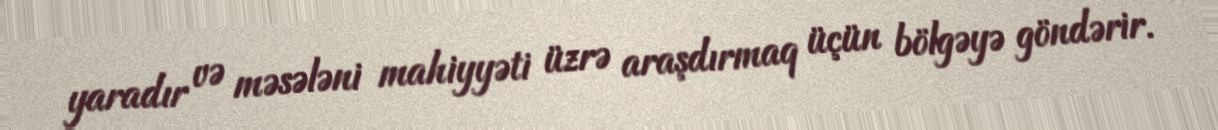
yaradır və məsələni mahiyyəti üzrə araşdırmaq üçün bölgəyə göndərir.